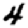
Digit: 4